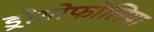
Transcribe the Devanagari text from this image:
ड्रोसोफोलिया